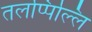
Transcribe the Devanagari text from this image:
तलप्पिल्लि